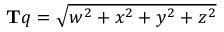
\mathbf { T } q = { \sqrt { w ^ { 2 } + x ^ { 2 } + y ^ { 2 } + z ^ { 2 } } }